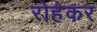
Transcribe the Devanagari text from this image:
रोहेकर